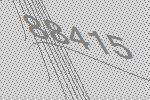
88415